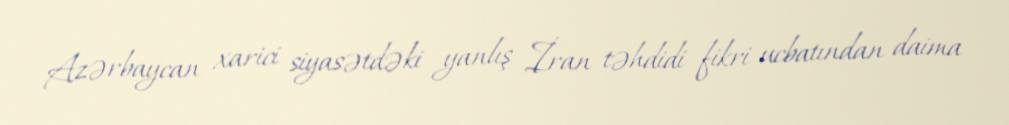
Azərbaycan xarici siyasətdəki yanlış İran təhdidi fikri ucbatından daima